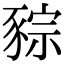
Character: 䝋